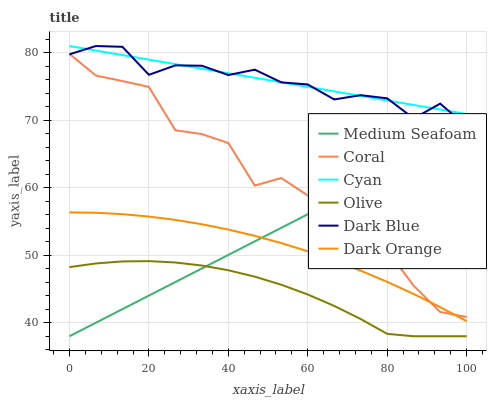
| xaxis_label | Medium Seafoam | Coral | Cyan | Olive | Dark Blue | Dark Orange |
 | --- | --- | --- | --- | --- | --- | --- |
 | 0 | 38 | 79.8 | 81 | 48.2 | 79.8 | 56.4 |
 | 6.67 | 40 | 76.6 | 80.3 | 48.8 | 81 | 56.3 |
 | 13.3 | 42 | 75.8 | 79.7 | 49.1 | 80.9 | 56.1 |
 | 20 | 44 | 74.9 | 79 | 49.1 | 76.7 | 55.7 |
 | 26.7 | 46 | 68.5 | 78.3 | 48.9 | 78.1 | 55.2 |
 | 33.3 | 48 | 67.9 | 77.6 | 48.5 | 78.1 | 54.6 |
 | 40 | 50.1 | 66.6 | 77 | 47.8 | 76.7 | 53.8 |
 | 46.7 | 52.1 | 60.3 | 76.3 | 46.8 | 77.5 | 52.9 |
 | 53.3 | 54.1 | 61.4 | 75.6 | 45.6 | 75.6 | 51.8 |
 | 60 | 56.1 | 58.9 | 75 | 44.2 | 75.3 | 50.6 |
 | 66.7 | 58.1 | 56.1 | 74.3 | 42.5 | 73.1 | 49.2 |
 | 73.3 | 60.1 | 49.8 | 73.6 | 40.5 | 73.7 | 47.7 |
 | 80 | 62.1 | 50.7 | 72.9 | 38.4 | 73.2 | 46.1 |
 | 86.7 | 64.1 | 45.5 | 72.3 | 38 | 70.3 | 44.3 |
 | 93.3 | 66.1 | 41.6 | 71.6 | 38 | 72.5 | 42.3 |
 | 100 | 68.1 | 40.9 | 70.9 | 38 | 69.1 | 40.2 |